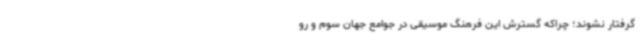
گرفتار نشوند؛ چراکه گسترش این فرهنگ موسیقی در جوامع جهان سوم و رو